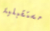
مستقبلية